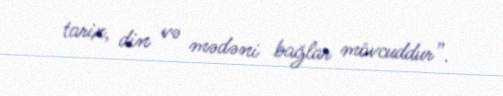
tarix, din və mədəni bağlar mövcuddur”.